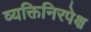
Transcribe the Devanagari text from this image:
व्यक्तिनिरपेक्ष